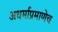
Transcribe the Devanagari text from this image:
अधर्माप्रमाणेच